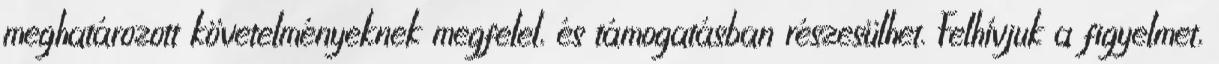
meghatározott követelményeknek megfelel, és támogatásban részesülhet. Felhívjuk a figyelmet,